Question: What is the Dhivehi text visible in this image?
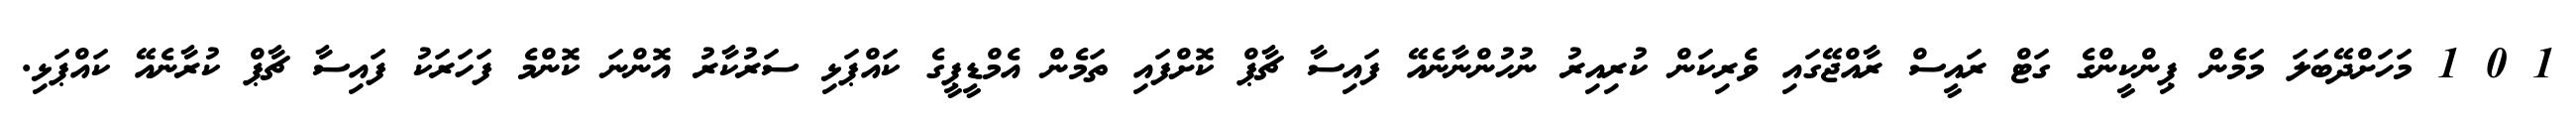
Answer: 1 0 1 މަހަށްދޭބަލަ މަމެން ޕިންކީންގެ ގަޓް ރައީސް ރާއްޖޭގައި ވެރިކަން ކުރިއިރު ނުހުންނާނެއޭ ފައިސާ ޗާޕް ކޮށްފައި ތަމެން އެމްޑީޕީގެ ކައްޕަޅި ސަރުކާރު އޮންނަ ކޮންމެ ފަހަރަކު ފައިސާ ޗާޕް ކުރާނެއޭ ކައްޕަޅި.